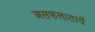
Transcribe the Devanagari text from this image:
असफलातायें